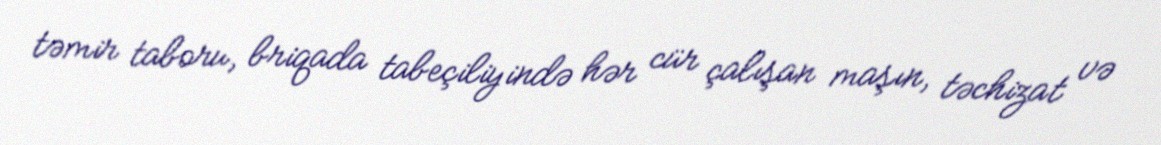
təmir taboru, briqada tabeçiliyində hər cür çalışan maşın, təchizat və